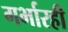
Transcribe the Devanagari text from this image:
गर्भारही